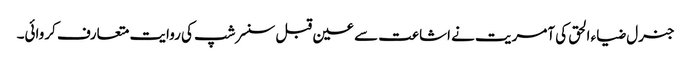
جنرل ضیاء الحق کی آمریت نے اشاعت سے عین قبل سنسر شپ کی روایت متعارف کروائی۔